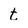
Character: t